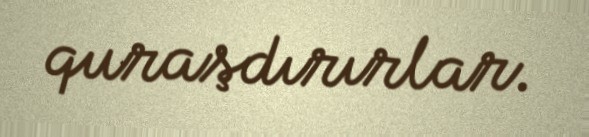
quraşdırırlar.